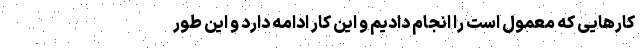
کارهایی که معمول است را انجام دادیم و این کار ادامه دارد و این طور